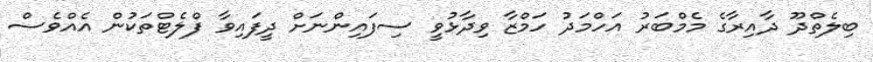
ބިލެތްދޫ ދާއިރާގެ މެމްބަރު އަހްމަދު ހަމްޒާ ވިދާޅުވީ ސިފައިންނަށް ދީފައިވާ ފްލެޓްތަކުން އެއްވެސް